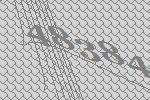
48384